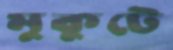
মুকুটে